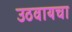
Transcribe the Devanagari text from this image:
उठवायचा